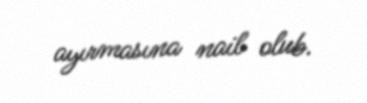
ayırmasına nail olub.